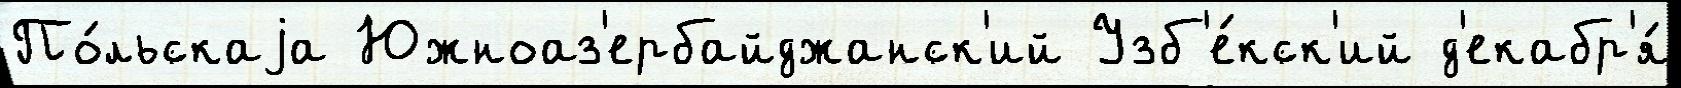
По́льскаjа Южноаз'ербайджанск'ий Узб'е́кск'ий д'екабр'я́